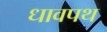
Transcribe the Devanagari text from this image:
धावपथ